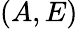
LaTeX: (A,E)